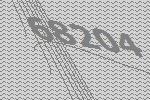
68204